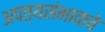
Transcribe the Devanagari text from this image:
अपत्यसंभावाचे